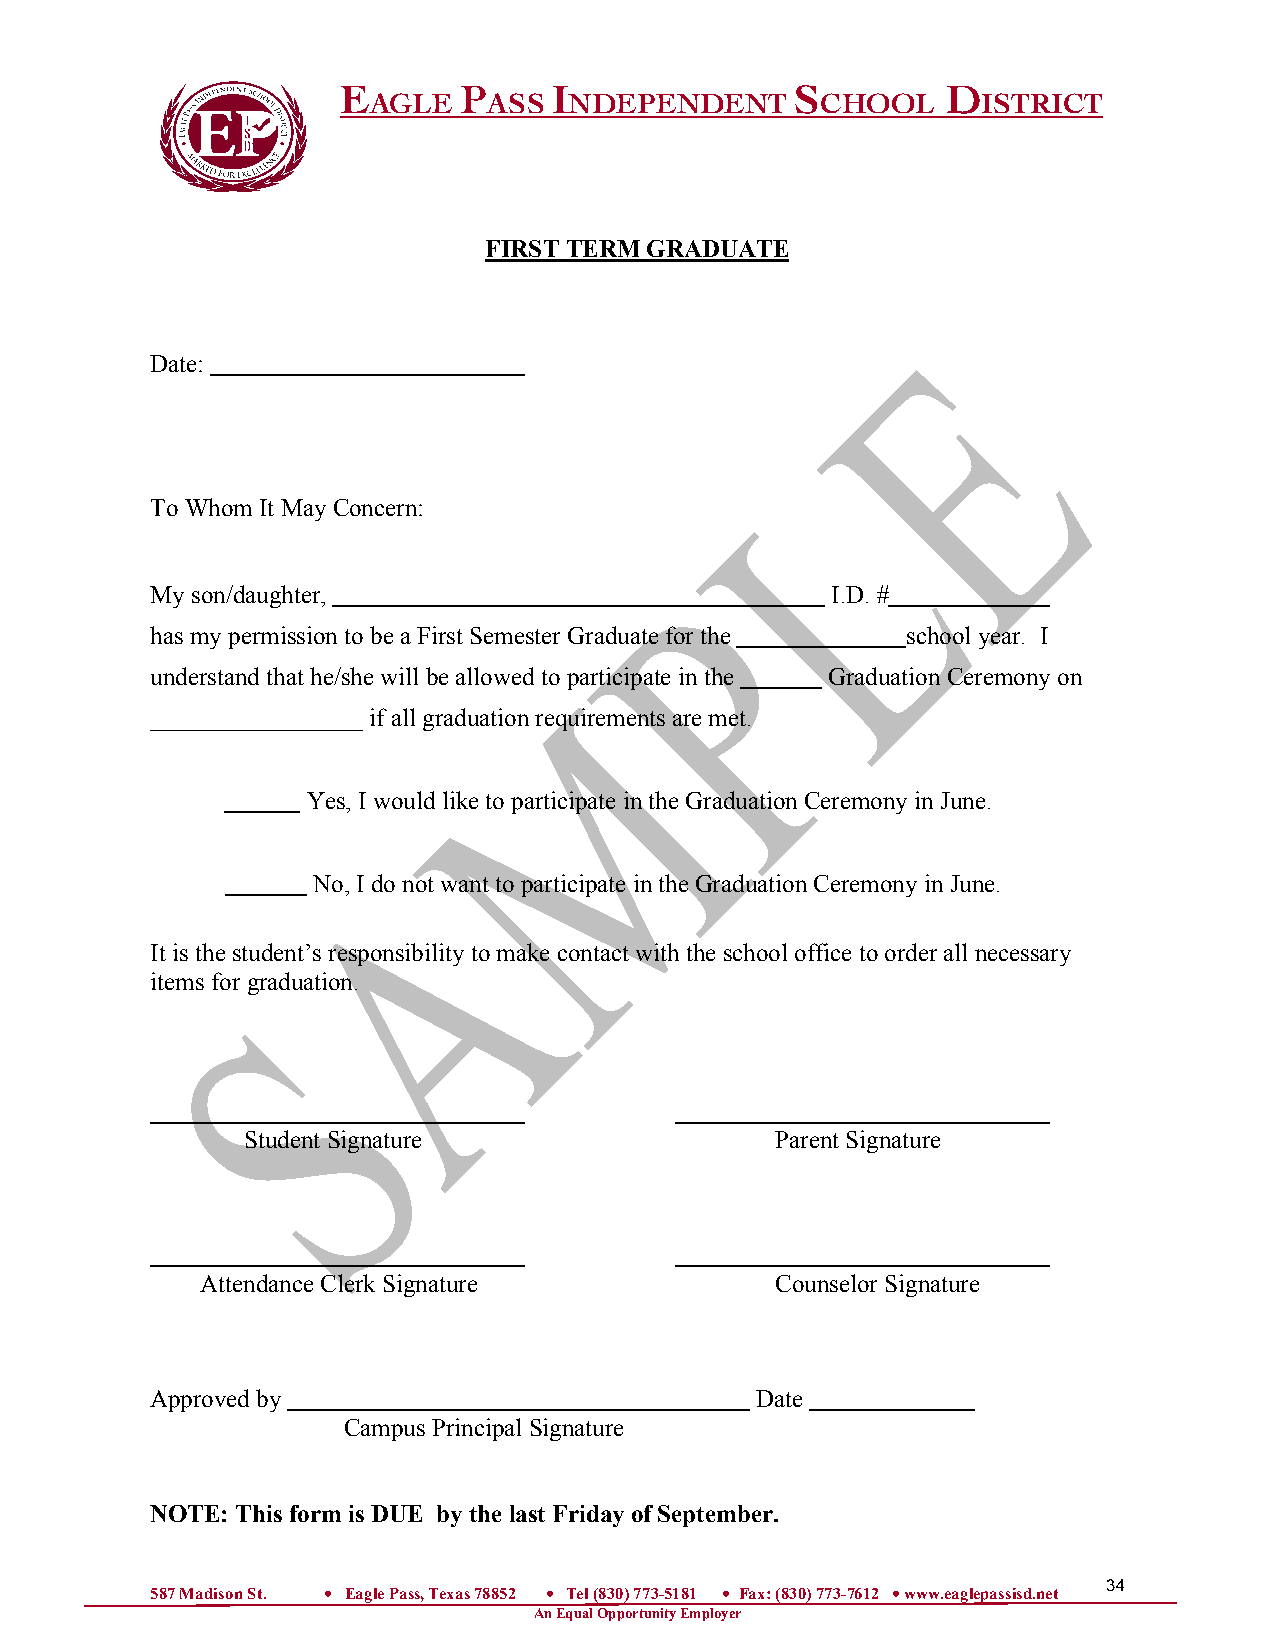
E      P      I               S         D
 AGLE    ASS   NDEPENDENT      CHOOL      ISTRICT
 FIRST TERM GRADUATE
 Date:
 To Whom It May Concern:
 My son/daughter,                             I.D. #
 has my permission to be a First Semester Graduate for the school year. I
 understand that he/she will be allowed to participate in the Graduation Ceremony on
 _________________ if all graduation requirements are met.
 Yes, I would like to participate in the Graduation Ceremony in June.
 No, I do not want to participate in the Graduation Ceremony in June.
 It is the student’s responsibility to make contact with the school office to order all necessary
 items for graduation.
 Student Signature                  Parent Signature
 Attendance Clerk Signature            Counselor Signature
 Approved by                             Date
 Campus Principal Signature
 NOTE: This form is DUE by the last Friday of September.
 34
 587 Madison St. • Eagle Pass, Texas 78852 • Tel (830) 773-5181 • Fax: (830) 773-7612 • www.eaglepassisd.net
 An Equal Opportunity Employer